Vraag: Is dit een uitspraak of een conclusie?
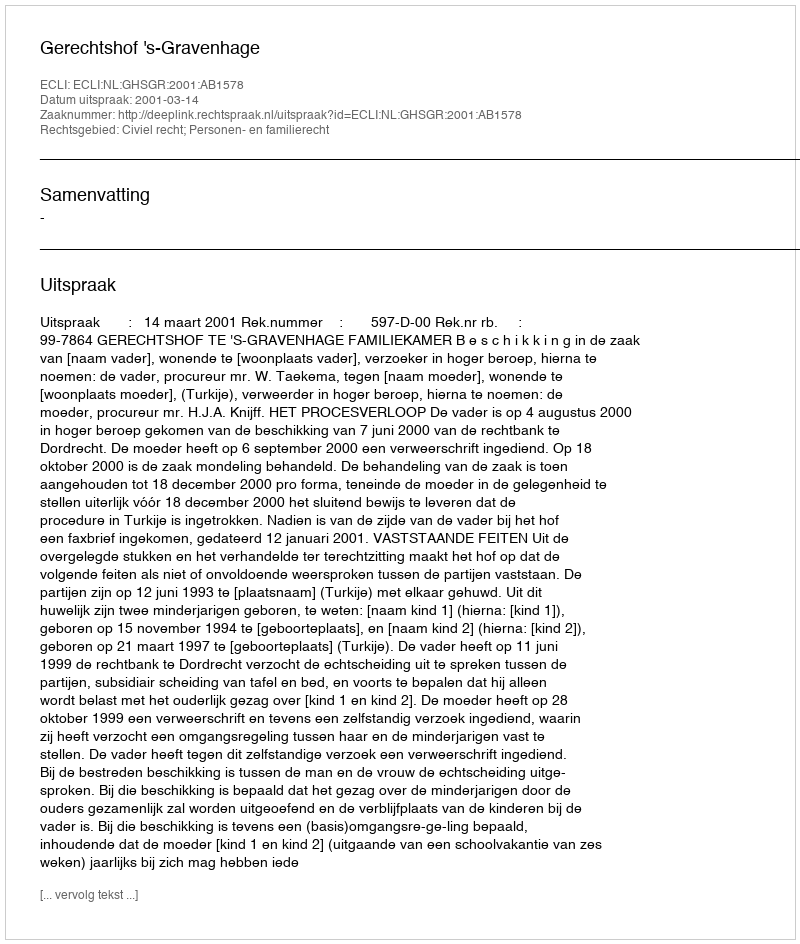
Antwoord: Uitspraak